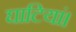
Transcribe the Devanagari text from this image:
घाटियां।